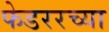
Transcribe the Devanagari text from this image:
फेडररच्या